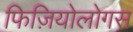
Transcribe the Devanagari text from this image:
फिज़ियोलोगस